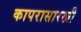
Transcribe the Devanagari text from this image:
कापरासारखी